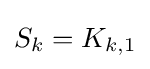
S_{k}=K_{k,1}